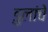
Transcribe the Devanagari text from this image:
डुलांचे